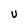
Character: U